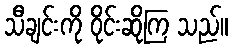
သီချင်းကို ဝိုင်းဆိုကြ သည်။